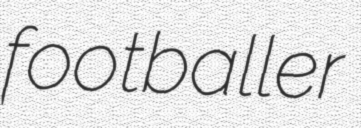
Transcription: footballer